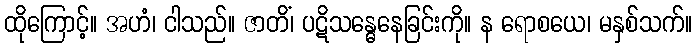
ထိုကြောင့်။ အဟံ၊ ငါသည်။ ဇာတိံ၊ ပဋိသန္ဓေနေခြင်းကို။ န ရောစယေ၊ မနှစ်သက်။